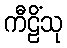
ကီဠိံသု